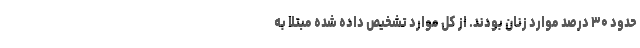
حدود ۳۰ درصد موارد زنان بودند. از کل موارد تشخیص داده شده مبتلا به